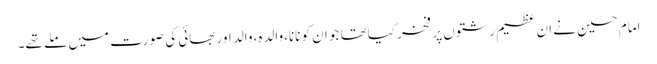
امام حسین نے ان عظیم رشتوں پر فخر کیاتھا جو ان کو نانا،والدہ،والد اور بھائی کی صورت میں ملے تھے۔